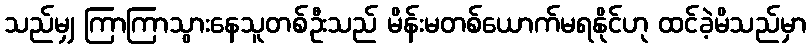
သည်မျှ ကြာကြာသွားနေသူတစ်ဦးသည် မိန်းမတစ်ယောက်မရနိုင်ဟု ထင်ခဲ့မိသည်မှာ